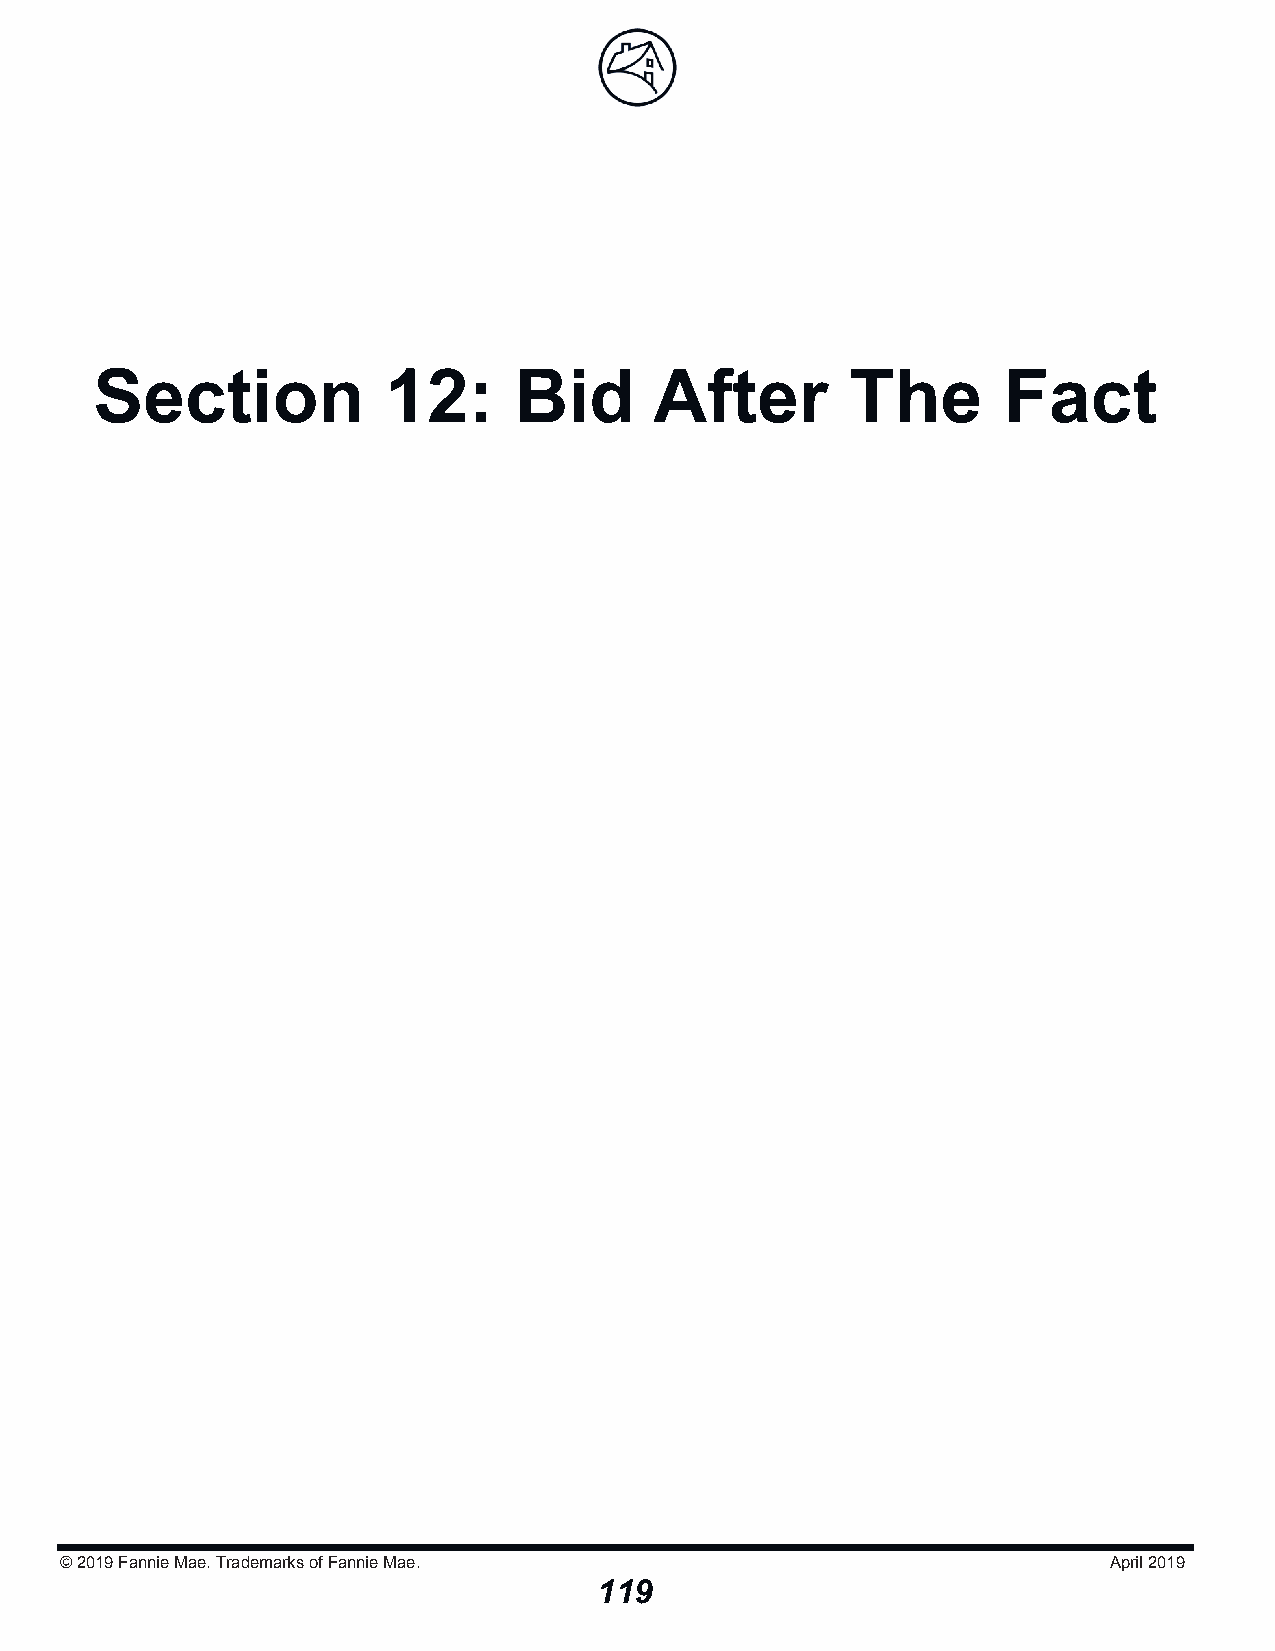
Section            12:      Bid      After        The       Fact
 © 2019Fannie Mae. Trademarks of Fannie Mae.                          April 2019
 119